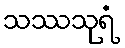
သဿသုရံ